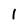
Character: 1